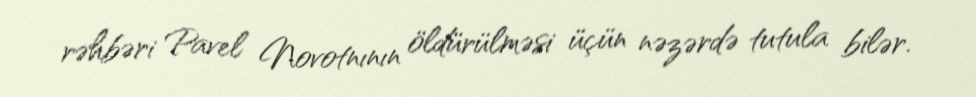
rəhbəri Pavel Novotnının öldürülməsi üçün nəzərdə tutula bilər.